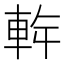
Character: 𲄵